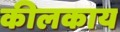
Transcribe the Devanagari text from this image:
कीलकाय